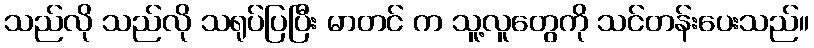
သည်လို သည်လို သရုပ်ပြပြီး မာတင် က သူ့လူတွေကို သင်တန်းပေးသည်။